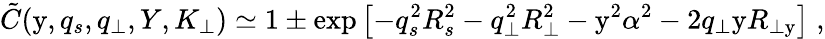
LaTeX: \tilde{C}(\mathrm{y},q_{s},q_{\perp},Y,K_{\perp})\simeq 1\pm\exp\left[-q_{s}^{2}R_{s}^{2}-q_{\perp}^{2}R_{\perp}^{2}-\mathrm{y}^{2}\alpha^{2}-2q_{\perp}\mathrm{y}R_{\perp\mathrm{y}}\right]\; ,